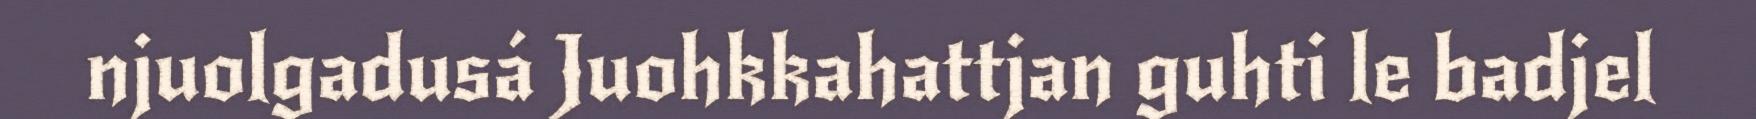
njuolgadusá Juohkkahattjan guhti le badjel